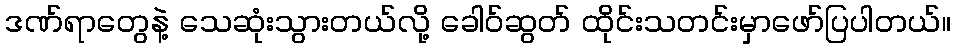
ဒဏ်ရာတွေနဲ့ သေဆုံးသွားတယ်လို့ ခေါဝ်ဆွတ် ထိုင်းသတင်းမှာဖော်ပြပါတယ်။